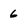
Character: 6